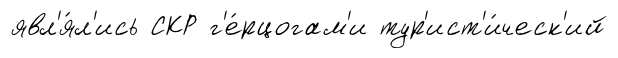
явл'я́л'ись СКР г'е́рцогам'и тур'ист'и́ческ'ий